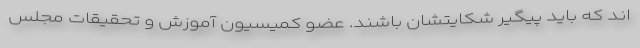
اند که باید پیگیر شکایتشان باشند. عضو کمیسیون آموزش و تحقیقات مجلس